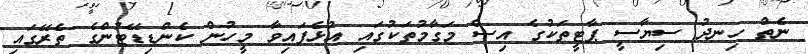
ނެތް ހިނދު ސިޔާސީ ޕާޓީތަކުގެ އިސް މަގާމުތަކުގައި އުޅެފައިވާ މީހުން ކެންޑިޑޭޓުންގެ ތެރޭގައި